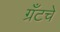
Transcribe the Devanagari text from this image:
ग्रँटचे